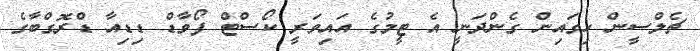
ޗެލްސީން ހިގައިން ގެންދަނީ އެ ޓީމުގެ އައިވަރީ ކޯސްޓް ފޯވާޑް ޑިޑިއާ ޑްރޮގްބާގެ